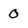
Character: 0